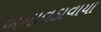
બનાવડાવાયા